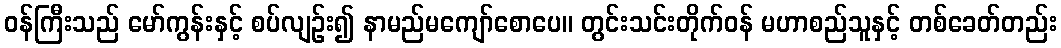
ဝန်ကြီးသည် မော်ကွန်းနှင့် စပ်လျဉ်း၍ နာမည်မကျော်စောပေ။ တွင်းသင်းတိုက်ဝန် မဟာစည်သူနှင့် တစ်ခေတ်တည်း